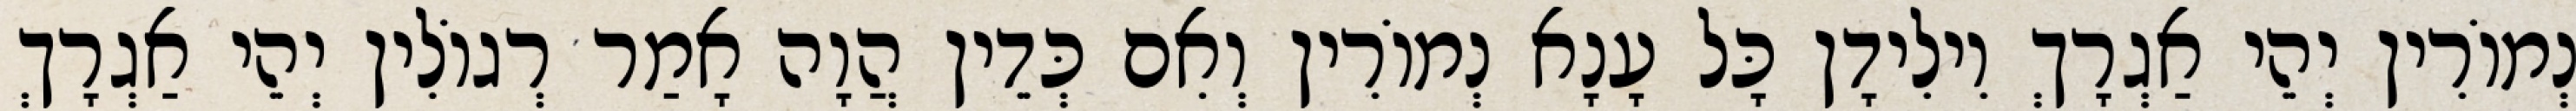
נְמוֹרִין יְהֵי אַגְרָךְ וִילִידָן כָּל עָנָא נְמוֹרִין וְאִם כְּדֵין הֲוָה אָמַר רְגוֹלִין יְהֵי אַגְרָךְ